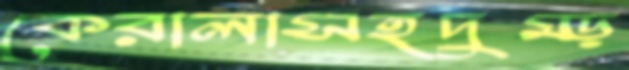
কেরালাসহদুম্‌ড়